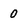
Character: 0